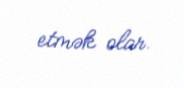
etmək olar.